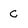
Character: c